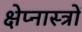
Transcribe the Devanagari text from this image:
क्षेप्नास्त्रों